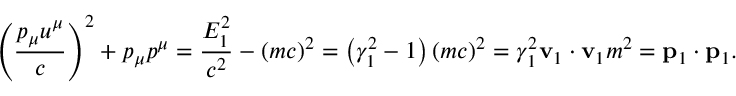
\left( { \frac { p _ { \mu } u ^ { \mu } } { c } } \right) ^ { 2 } + p _ { \mu } p ^ { \mu } = { \frac { E _ { 1 } ^ { 2 } } { c ^ { 2 } } } - ( m c ) ^ { 2 } = \left( \gamma _ { 1 } ^ { 2 } - 1 \right) ( m c ) ^ { 2 } = \gamma _ { 1 } ^ { 2 } { \mathbf { v } _ { 1 } \cdot \mathbf { v } _ { 1 } } m ^ { 2 } = \mathbf { p } _ { 1 } \cdot \mathbf { p } _ { 1 } .